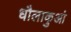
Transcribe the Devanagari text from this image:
धौलाकुआं